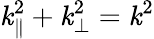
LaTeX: \mathit{k}_{\parallel}^{2}+\mathit{k}_{\perp}^{2}=\mathit{k}^{2}